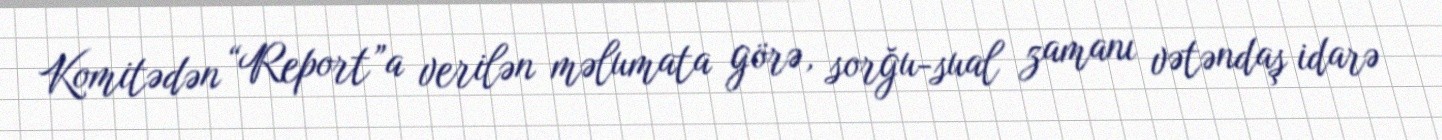
Komitədən “Report”a verilən məlumata görə, sorğu-sual zamanı vətəndaş idarə